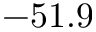
- 5 1 . 9